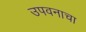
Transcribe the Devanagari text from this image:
उपवनाचा